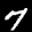
Label: 7